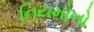
નિયમોનો